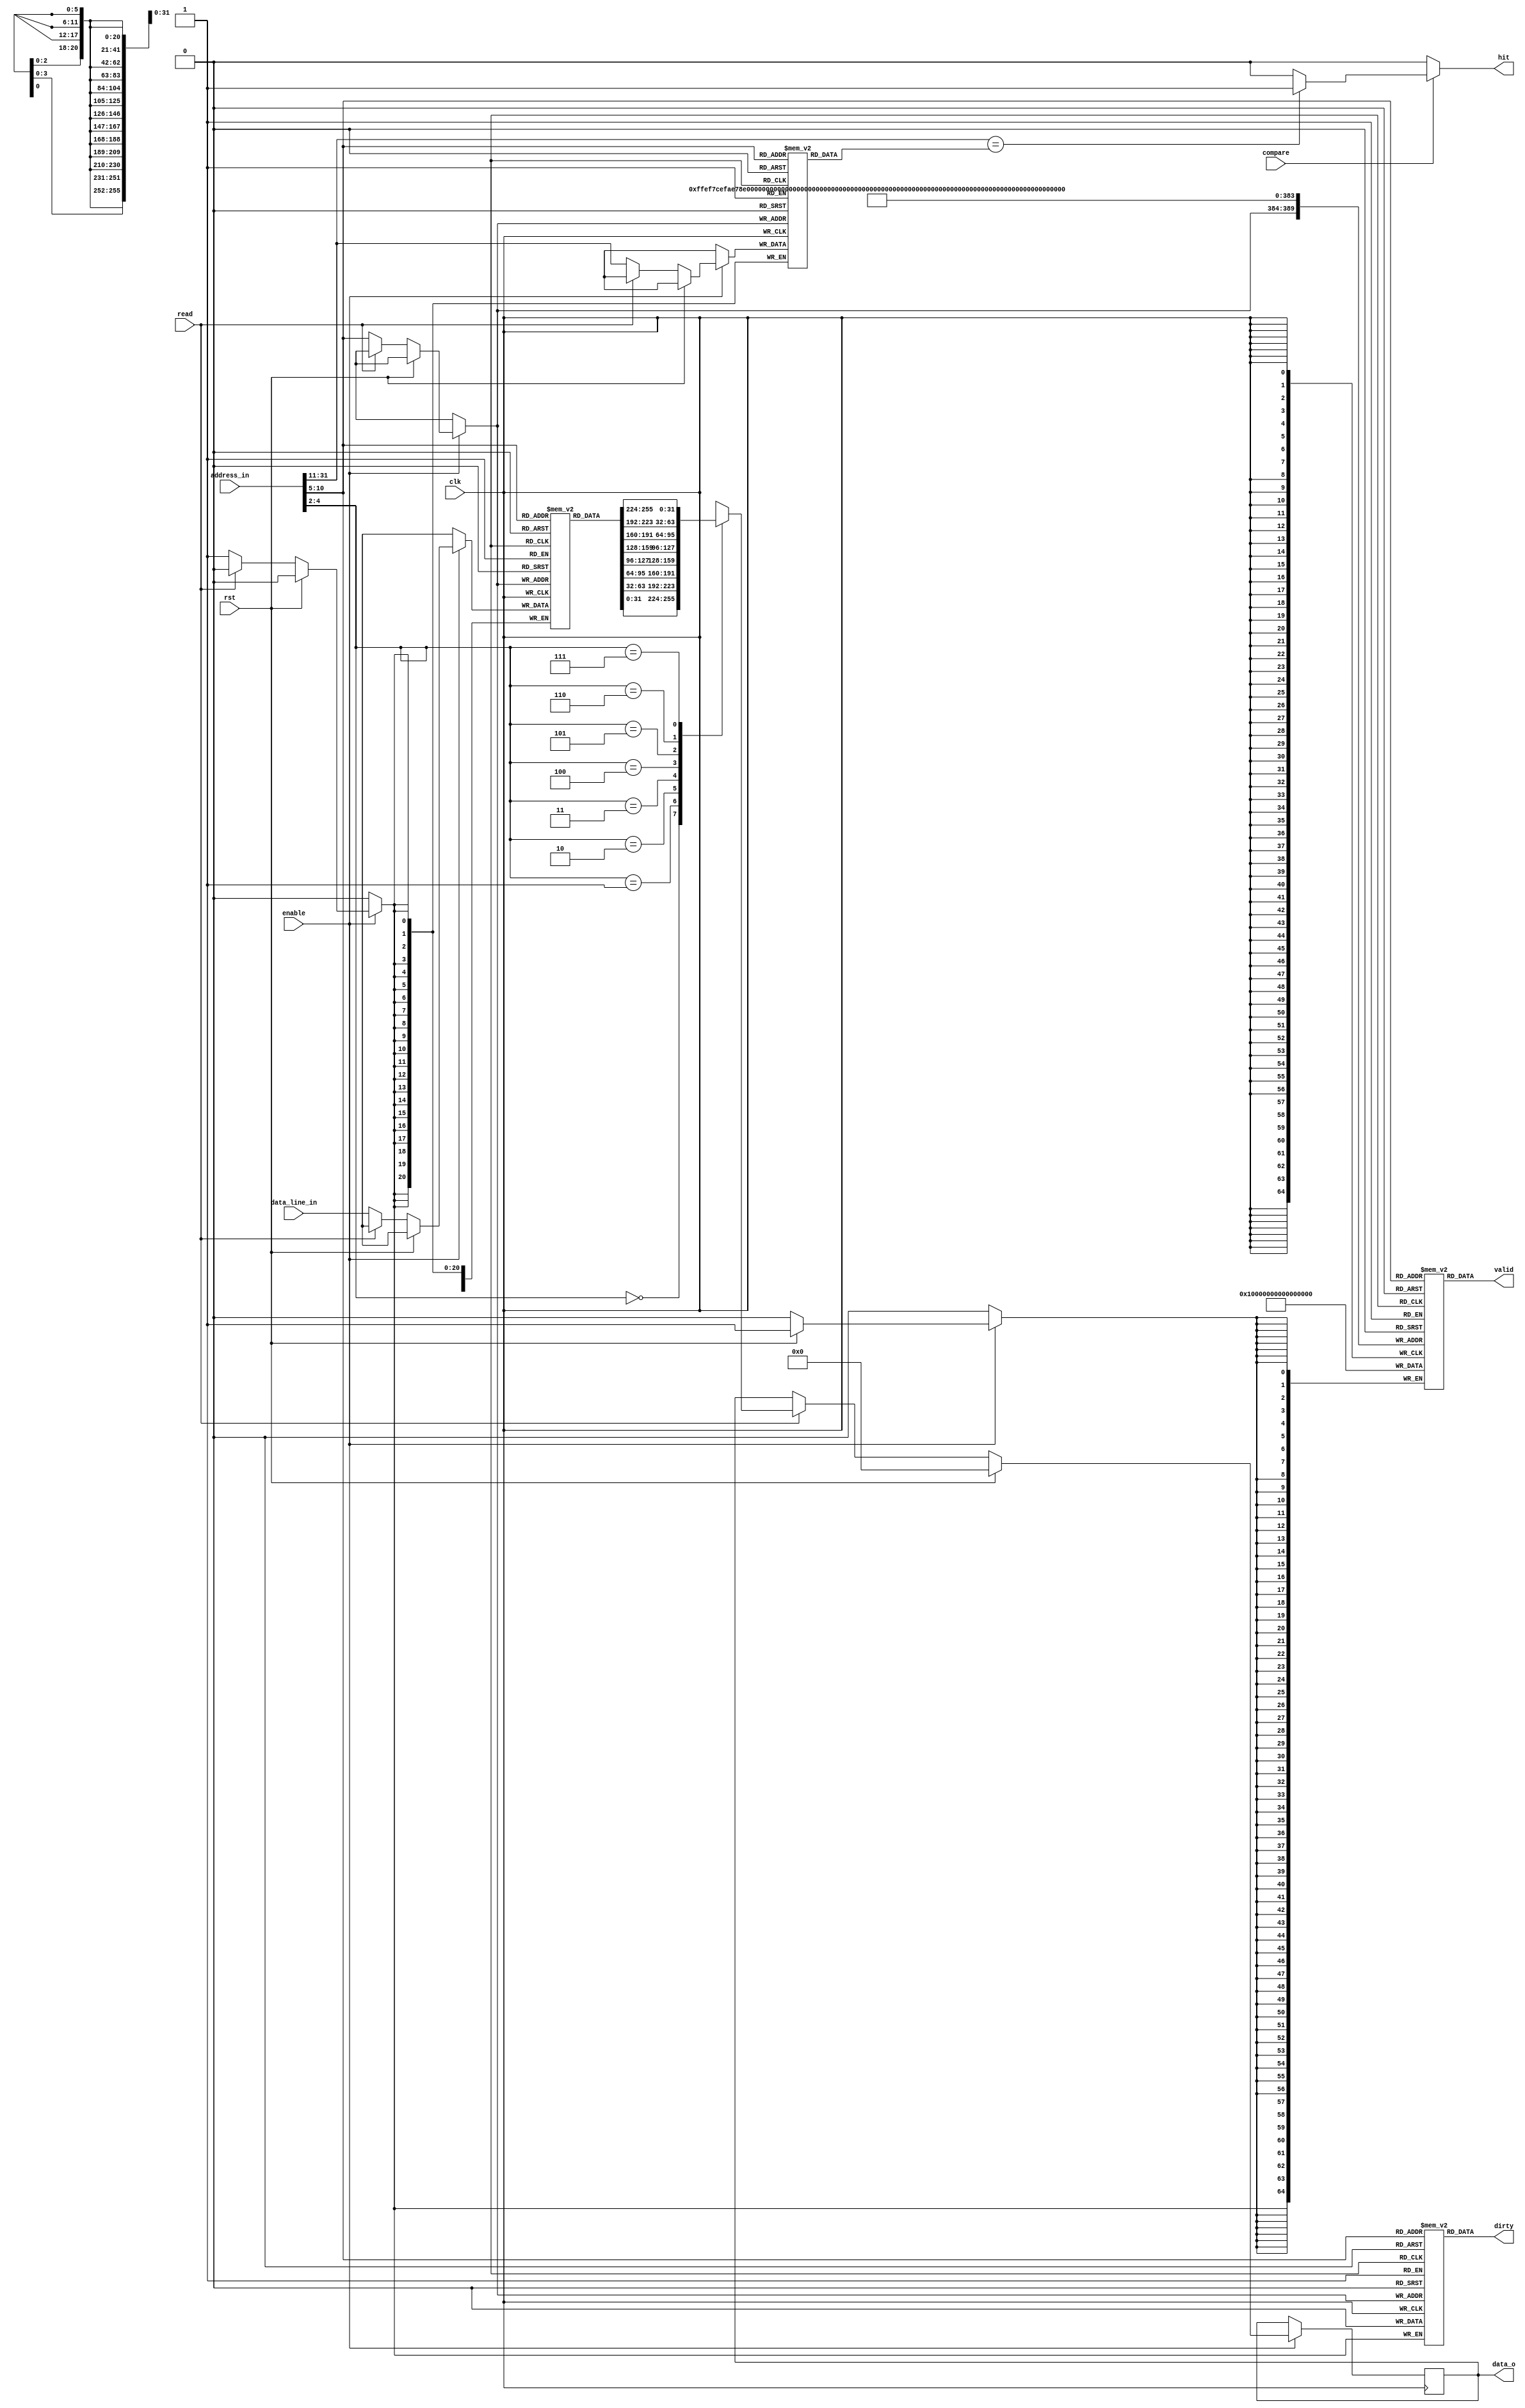
module icache_one_line(
	//Input
	enable, clk, rst, compare, read, address_in, data_line_in, 
	//Output
	 hit, dirty, valid, data_o
	);

	input 			enable, clk, rst, compare, read;
	input[31:0]		address_in;
	input[255:0]	data_line_in;

	output 			hit, dirty, valid;
	output reg[31:0]	data_o;
	/*
	+---+---+---+---+---+---+---+
	| 8 | 8 | 8 | 8 | t | v | d |	one line
	+---+---+---+---+---+---+---+
	8 - 8 bytes, 64 bits, total 256 bit/a block
	t - tag
	v - valid
	d - dirty

	64 line
	+---+
	|	| one line
	+---+
	|	| one line	-> 64 line
	+---+
	|	| one line
	+---+
	.....
	1000000

	*/
	reg[255:0]	mem[63:0];
	//addr(32) = tag(21) + index_in_block(6) + addr_in_block(5)
	reg[20:0]	tag[63:0];
	reg		    valid_bit[63:0], dirty_bit[63:0];

	wire[20:0]	addr_tag;
	wire[5:0]	addr_index;
	wire[2:0]	addr_in_block;

	//mid var
	assign addr_tag 		= address_in[31:11];
	assign addr_index 		= address_in[10:5];
	assign addr_in_block 	= address_in[4:2];

	//output assign
	assign hit 		= compare == 1 ? (addr_tag == tag[addr_index]? 1'b1 : 1'b0) : 1'b0;
	assign dirty 	= dirty_bit[addr_index];
	assign valid 	= valid_bit[addr_index];

    integer i;
	initial begin
	  for(i = 0; i < 64; i = i + 1) begin
	       valid_bit[i] = 0;
	       dirty_bit[i] = 0;
	       tag[i] = 0;
	   end
	end

	always@(negedge clk) begin
		if(enable == 1'b1) begin
			if(rst == 1'b1) begin
				data_o 		<= 32'h0;
				for(i = 0; i < 64; i = i + 1) begin
				    valid_bit[i] <= 0;
				end
			end
			else if(read == 1'b1) begin
				//Pay attention
				//big endian
				case(addr_in_block)
					0:	data_o	<=	mem[addr_index][31:0];
					1:	data_o	<=	mem[addr_index][63:32];
					2:	data_o	<=	mem[addr_index][95:64];
					3:	data_o	<=	mem[addr_index][127:96];
					4:	data_o	<=	mem[addr_index][159:128];
					5:	data_o	<=	mem[addr_index][191:160];
					6:	data_o	<=	mem[addr_index][223:192];
					7:	data_o	<=	mem[addr_index][255:224];
				endcase
			end
			else if(read == 1'b0) begin 
				//write data
				mem[addr_index] <= data_line_in;
				tag[addr_index] <= addr_tag;
				valid_bit[addr_index] <= 1'b1;
				dirty_bit[addr_index] <= 1'b0;
			end
		end
	end



endmodule